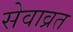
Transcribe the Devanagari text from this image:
सेवाव्रत